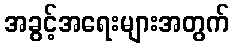
အခွင့်အရေးများအတွက်